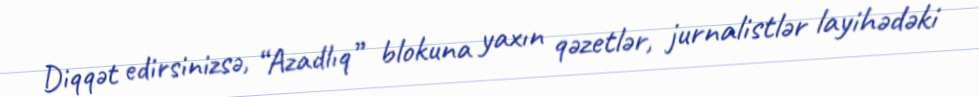
Diqqət edirsinizsə, “Azadlıq” blokuna yaxın qəzetlər, jurnalistlər layihədəki